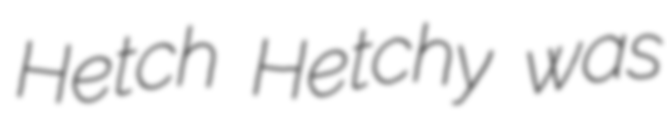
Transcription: Hetch Hetchy was